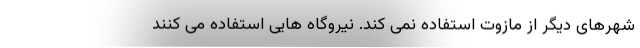
شهرهای دیگر از مازوت استفاده نمی کند. نیروگاه هایی استفاده می کنند